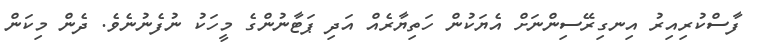
ފާސްކުރިއިރު އިނގިރޭސިންނަށް އެޔަކުން ހަތިޔާރެއް އަދި ޕަޓާނުންގެ މީހަކު ނުފެނުނެވެ. ދެން މިކަން